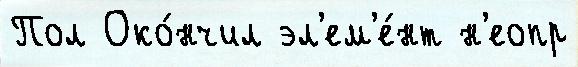
Пол Око́нчил эл'ем'е́нт н'еопр